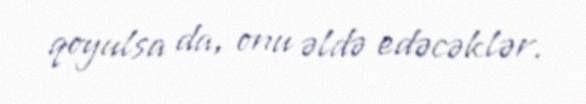
qoyulsa da, onu əldə edəcəklər.